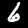
Label: 6